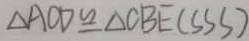
\Delta A O D \cong \Delta C B E ( S S S )